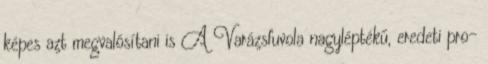
képes azt megvalósítani is A Varázsfuvola nagyléptékű, eredeti pro-